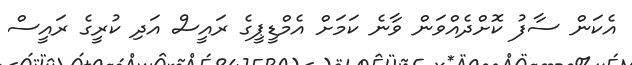
އެކަން ސާފު ކޮށްދެއްވަން ވާނެ ކަމަށް އެމްޑީޕީގެ ރައީސް އަދި ކުރީގެ ރައީސް